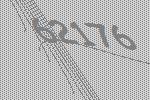
62176